Annual administration report of the Civil Veterinary Department of India - 1904-1905
Year: 1904
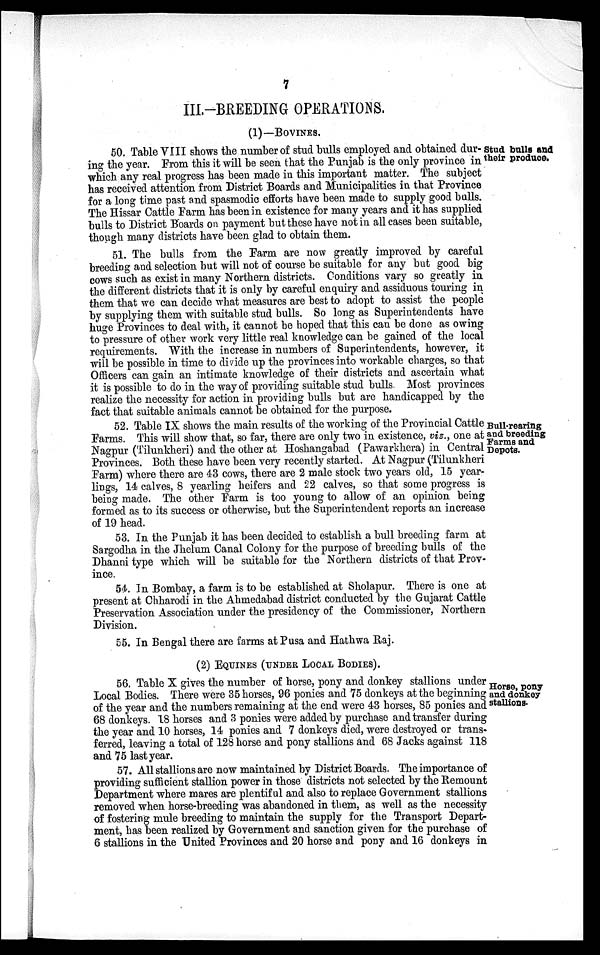
7
III.—BREEDING OPERATIONS.
(1)—BOVINES.
Stud bulls and
their produce.
50. Table VIII shows the number of stud bulls employed and obtained dur-
ing the year. From this it will be seen that the Punjab is the only province in
which any real progress has been made in this important matter. The subject
has received attention from District Boards and Municipalities in that Province
for a long time past and spasmodic efforts have been made to supply good bulls.
The Hissar Cattle Farm has been in existence for many years and it has supplied
bulls to District Boards on payment but these have not in all cases been suitable,
though many districts have been glad to obtain them.
51. The bulls from the Farm are now greatly improved by careful
breeding and selection but will not of course be suitable for any but good big
cows such as exist in many Northern districts. Conditions vary so greatly in
the different districts that it is only by careful enquiry and assiduous touring in
them that we can decide what measures are best to adopt to assist the people
by supplying them with suitable stud bulls. So long as Superintendents have
huge Provinces to deal with, it cannot be hoped that this can be done as owing
to pressure of other work very little real knowledge can be gained of the local
requirements. With the increase in numbers of Superintendents, however, it
will be possible in time to divide up the provinces into workable charges, so that
Officers can gain an intimate knowledge of their districts and ascertain what
it is possible to do in the way of providing suitable stud bulls. Most provinces
realize the necessity for action in providing bulls but are handicapped by the
fact that suitable animals cannot be obtained for the purpose.
Bull-rearing
and breeding
Farms and
Depots.
52. Table IX shows the main results of the working of the Provincial Cattle
Farms. This will show that, so far, there are only two in existence, viz., one at
Nagpur (Tilunkheri) and the other at Hoshangabad (Pawarkhera) in Central
Provinces. Both these have been very recently started. At Nagpur (Tilunkheri
Farm) where there are 43 cows, there are 2 male stock two years old, 15 year-
lings, 14 calves, 8 yearling heifers and 22 calves, so that some progress is
being made. The other Farm is too young to allow of an opinion being
formed as to its success or otherwise, but the Superintendent reports an increase
of 19 head.
53. In the Punjab it has been decided to establish a bull breeding farm at
Sargodha in the Jhelum Canal Colony for the purpose of breeding bulls of the
Dhanni type which will be suitable for the Northern districts of that Prov-
ince.
54. In Bombay, a farm is to be established at Sholapur. There is one at
present at Chharodi in the Ahmedabad district conducted by the Gujarat Cattle
Preservation Association under the presidency of the Commissioner, Northern
Division.
55. In Bengal there are farms at Pusa and Hathwa Raj.
(2) EQUNIES (UNDER LOCAL BODIES).
Horse, pony
and donkey
stallions.
56. Table X gives the number of horse, pony and donkey stallions under
Local Bodies. There were 35 horses, 96 ponies and 75 donkeys at the beginning
of the year and the numbers remaining at the end were 43 horses, 85 ponies and
68 donkeys. 18 horses and 3 ponies were added by purchase and transfer during
the year and 10 horses, 14 ponies and 7 donkeys died, were destroyed or trans-
ferred, leaving a total of 128 horse and pony stallions and 68 Jacks against 118
and 75 last year.
57. All stallions are now maintained by District Boards. The importance of
providing sufficient stallion power in those districts not selected by the Remount
Department where mares are plentiful and also to replace Government stallions
removed when horse-breeding was abandoned in them, as well as the necessity
of fostering mule breeding to maintain the supply for the Transport Depart-
ment, has been realized by Government and sanction given for the purchase of
6 stallions in the United Provinces and 20 horse and pony and 16 donkeys in